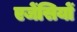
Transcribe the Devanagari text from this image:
एजेंसियों